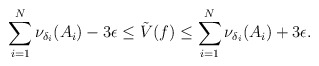
\begin{align*}\sum_{i=1}^{N} \nu_{\delta_i}(A_i)- 3\epsilon\leq \tilde{V}(f) \leq \sum_{i=1}^{N} \nu_{\delta_i}(A_i) + 3\epsilon.\end{align*}